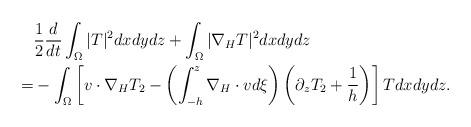
LaTeX: \begin{align*}&\frac{1}{2}\frac{d}{dt}\int_\Omega|T|^2dxdydz+\int_\Omega|\nabla_HT|^2dxdydz\\=&-\int_\Omega\left[v\cdot\nabla_HT_2-\left(\int_{-h}^z\nabla_H\cdot vd\xi\right)\left(\partial_zT_2+\frac{1}{h}\right)\right]Tdxdydz. \end{align*}